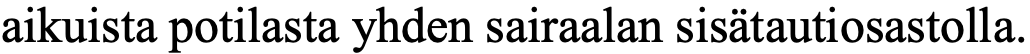
aikuista potilasta yhden sairaalan sisätautiosastolla.